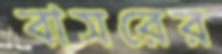
বাসরের